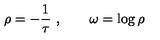
\rho = - { \frac { 1 } { \tau } } \ , \qquad \omega = \log \rho